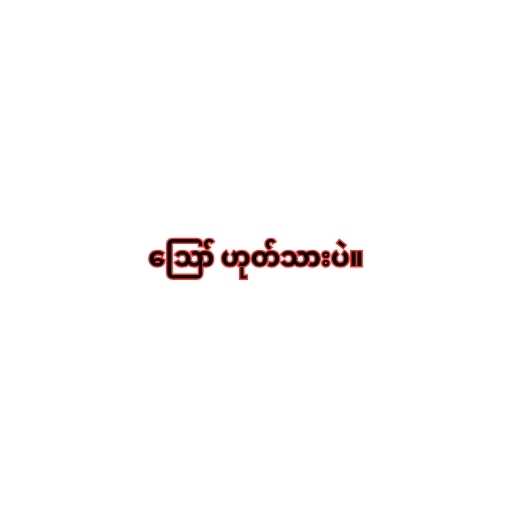
ဪ ဟုတ်သားပဲ။